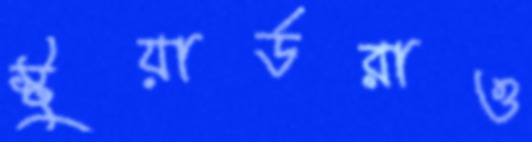
স্টুয়ার্ডরাও